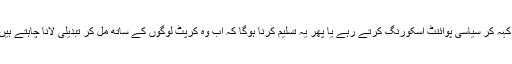
خان صاحب کو یا تو یہ ماننا ہوگا کہ وہ پیپلزپارٹی کے رہنماؤں کو کرپٹ کہہ کر سیاسی پوائنٹ اسکورنگ کرتے رہے یا پھر یہ تسلیم کرنا ہوگا کہ اب وہ کرپٹ لوگوں کے ساتھ مل کر تبدیلی لانا چاہتے ہیں، خیر جو بھی ہو خان صاحب دونوں ہی صورتوں میں غلط ثابت ہوتے ہیں۔